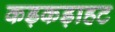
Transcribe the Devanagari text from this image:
कड़कड़ाहट